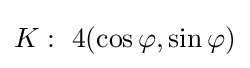
K:\ 4(\cos \varphi ,\sin \varphi )